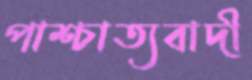
পাশ্চাত্যবাদী